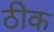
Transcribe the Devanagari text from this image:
ठीेक